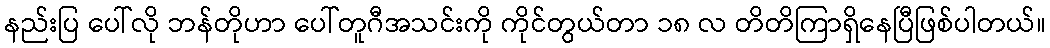
နည်းပြ ပေါ်လို ဘန်တိုဟာ ပေါ်တူဂီအသင်းကို ကိုင်တွယ်တာ ၁၈ လ တိတိကြာရှိနေပြီဖြစ်ပါတယ်။